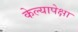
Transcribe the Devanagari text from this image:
केल्यापेक्षा